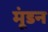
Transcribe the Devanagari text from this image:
मूंडन